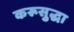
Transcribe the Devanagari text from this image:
करूसुद्धा